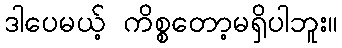
ဒါပေမယ့် ကိစ္စတော့မရှိပါဘူး။